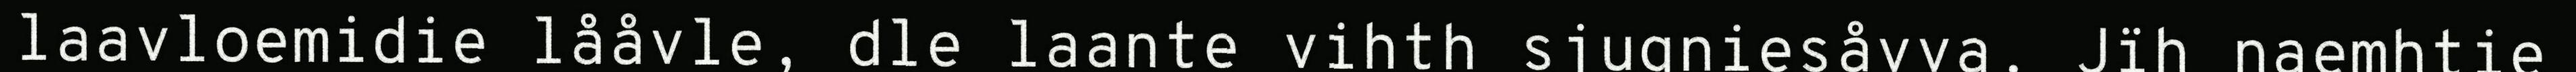
laavloemidie lååvle, dle laante vihth sjugniesåvva. Jïh naemhtie